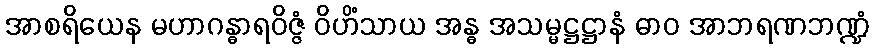
အာစရိယေန မဟာဂန္ဓာရဝိဇ္ဇံ ဝိဟိံသာယ အန္ဓ အသမ္မဋ္ဌဋ္ဌာနံ ဓာဝ အာဘရဏဘဏ္ဍံ